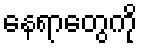
နေရာတွေကို